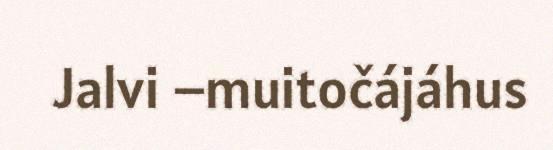
Jalvi –muitočájáhus